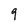
Character: 9